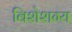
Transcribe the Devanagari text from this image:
विशेशग्य